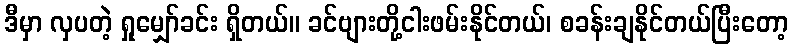
ဒီမှာ လှပတဲ့ ရှုမျှော်ခင်း ရှိတယ်။ ခင်ဗျားတို့ငါးဖမ်းနိုင်တယ်၊ စခန်းချနိုင်တယ်ပြီးတော့